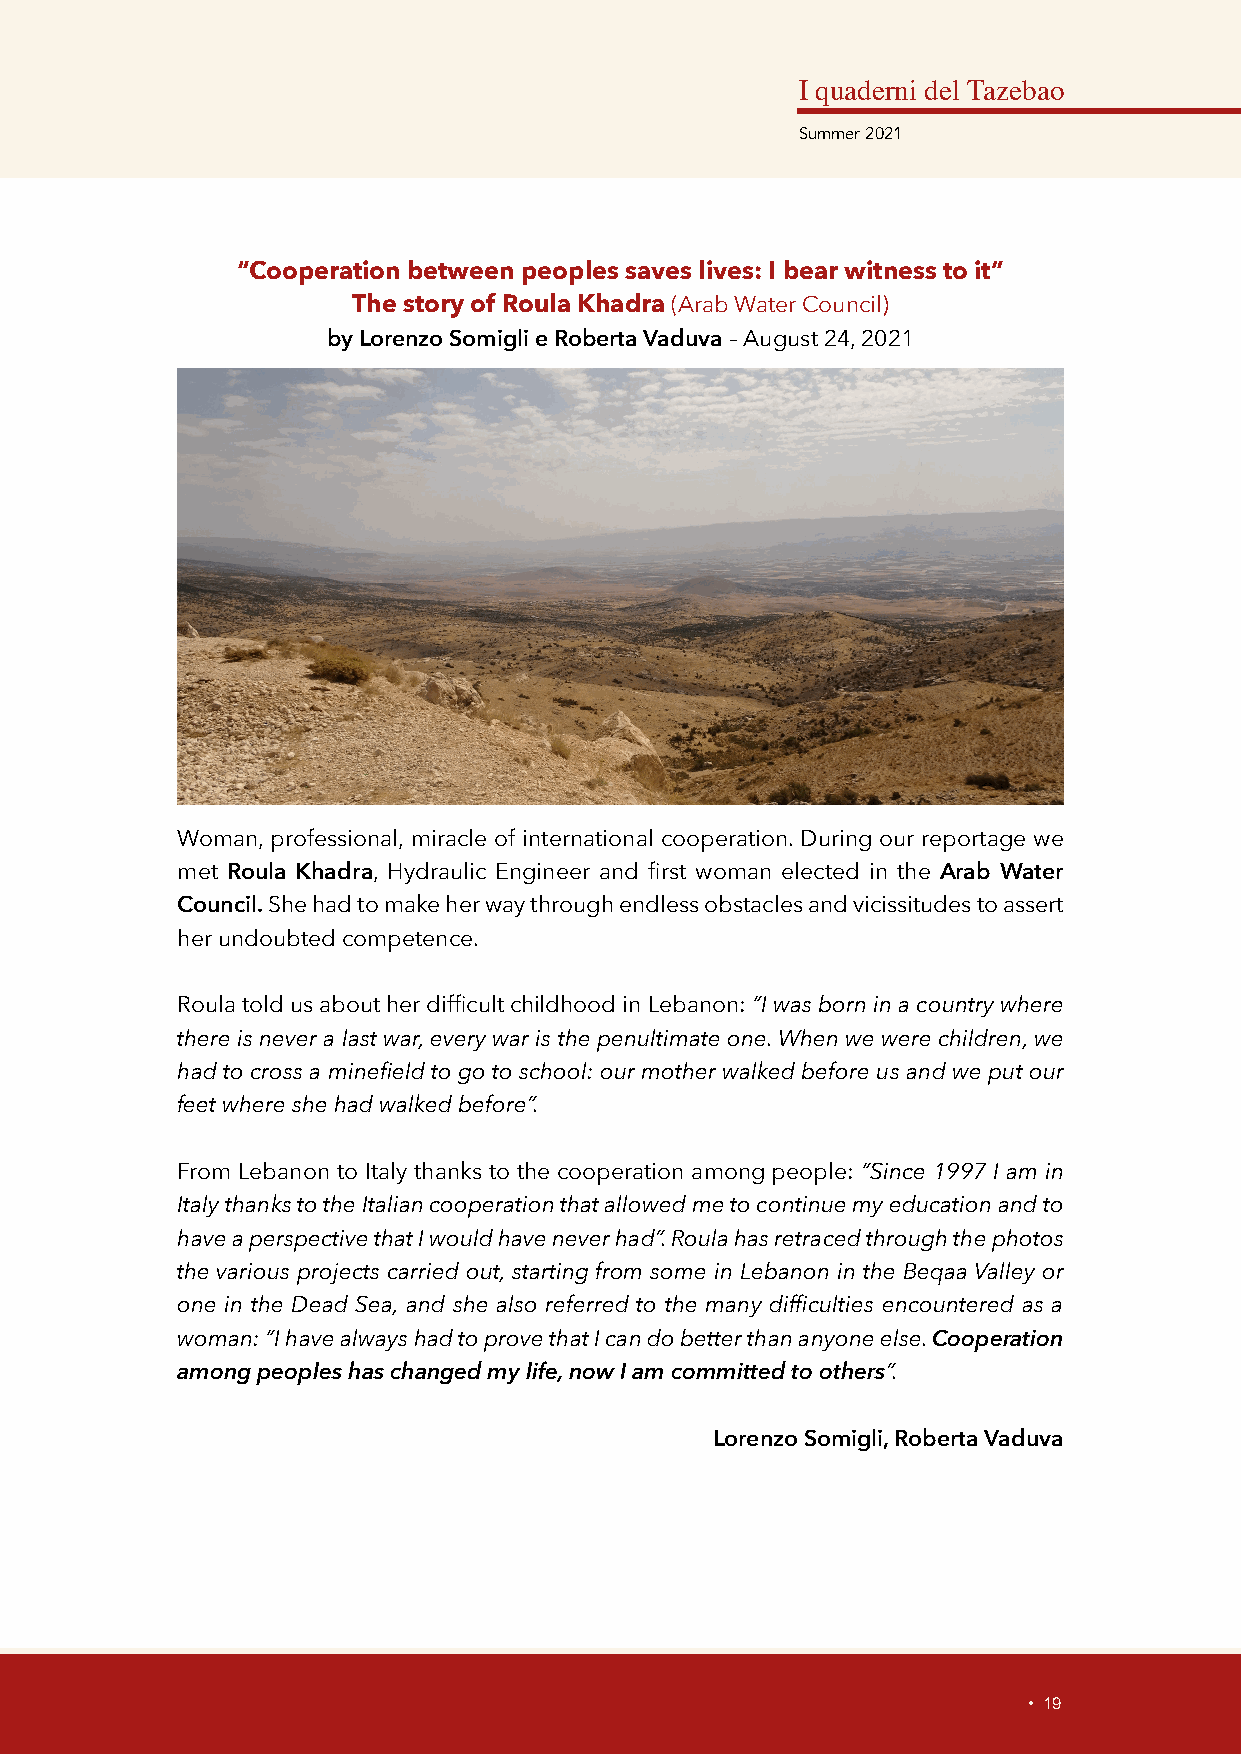
I quaderni del Tazebao
 Summer 2021
 “Cooperation between peoples saves lives: I bear witness to it”
 The story of Roula Khadra (Arab Water Council)
 by Lorenzo Somigli e Roberta Vaduva – August 24, 2021
 Woman, professional, miracle of international cooperation. During our reportage we
 met Roula Khadra, Hydraulic Engineer and first woman elected in the Arab Water
 Council. She had to make her way through endless obstacles and vicissitudes to assert
 her undoubted competence.
 Roula told us about her difficult childhood in Lebanon: “I was born in a country where
 there is never a last war, every war is the penultimate one. When we were children, we
 had to cross a minefield to go to school: our mother walked before us and we put our
 feet where she had walked before”.
 From Lebanon to Italy thanks to the cooperation among people: “Since 1997 I am in
 Italy thanks to the Italian cooperation that allowed me to continue my education and to
 have a perspective that I would have never had”. Roula has retraced through the photos
 the various projects carried out, starting from some in Lebanon in the Beqaa Valley or
 one in the Dead Sea, and she also referred to the many difficulties encountered as a
 woman: “I have always had to prove that I can do better than anyone else. Cooperation
 among peoples has changed my life, now I am committed to others”.
 Lorenzo Somigli, Roberta Vaduva
 • 19